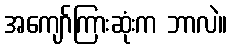
အကျော်ကြားဆုံးက ဘာလဲ။